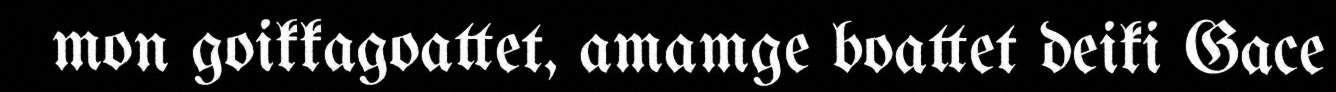
mon goikkagoattet, amamge boattet deiki Gace